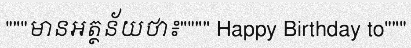
"""មានអត្ថន័យថា៖"""" Happy Birthday to"""